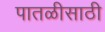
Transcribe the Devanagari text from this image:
पातळीसाठी